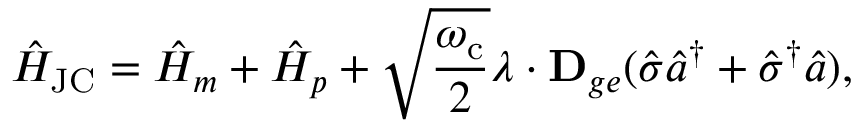
\hat { H } _ { \mathrm { J C } } = \hat { H } _ { m } + \hat { H } _ { p } + \sqrt { \frac { \omega _ { \mathrm { c } } } { 2 } } \boldsymbol { \lambda } \cdot \mathbf { D } _ { g e } ( \hat { \sigma } \hat { a } ^ { \dag } + \hat { \sigma } ^ { \dag } \hat { a } ) ,